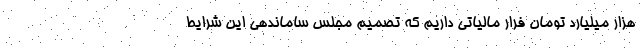
هزار میلیارد تومان فرار مالیاتی داریم که تصمیم مجلس ساماندهی این شرایط